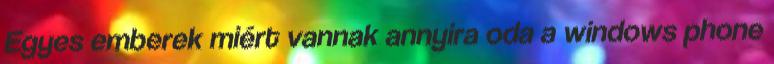
Egyes emberek miért vannak annyira oda a windows phone